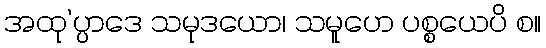
အထု’ပ္ပာဒေ သမုဒယော၊ သမူဟေ ပစ္စယေပိ စ။